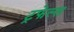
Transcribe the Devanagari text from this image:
ट्रफेल्स